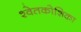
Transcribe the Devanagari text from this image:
श्वेतकोशिका